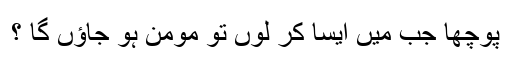
پوچھا جب میں ایسا کر لوں تو مومن ہو جاؤں گا ؟